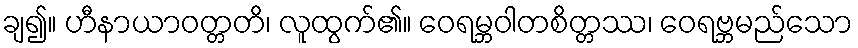
ချ၍။ ဟီနာယာဝတ္တတိ၊ လူထွက်၏။ ဝေရမ္ဘဝါတစိတ္တဿ၊ ဝေရဗ္ဘမည်သော